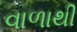
વાળાથી